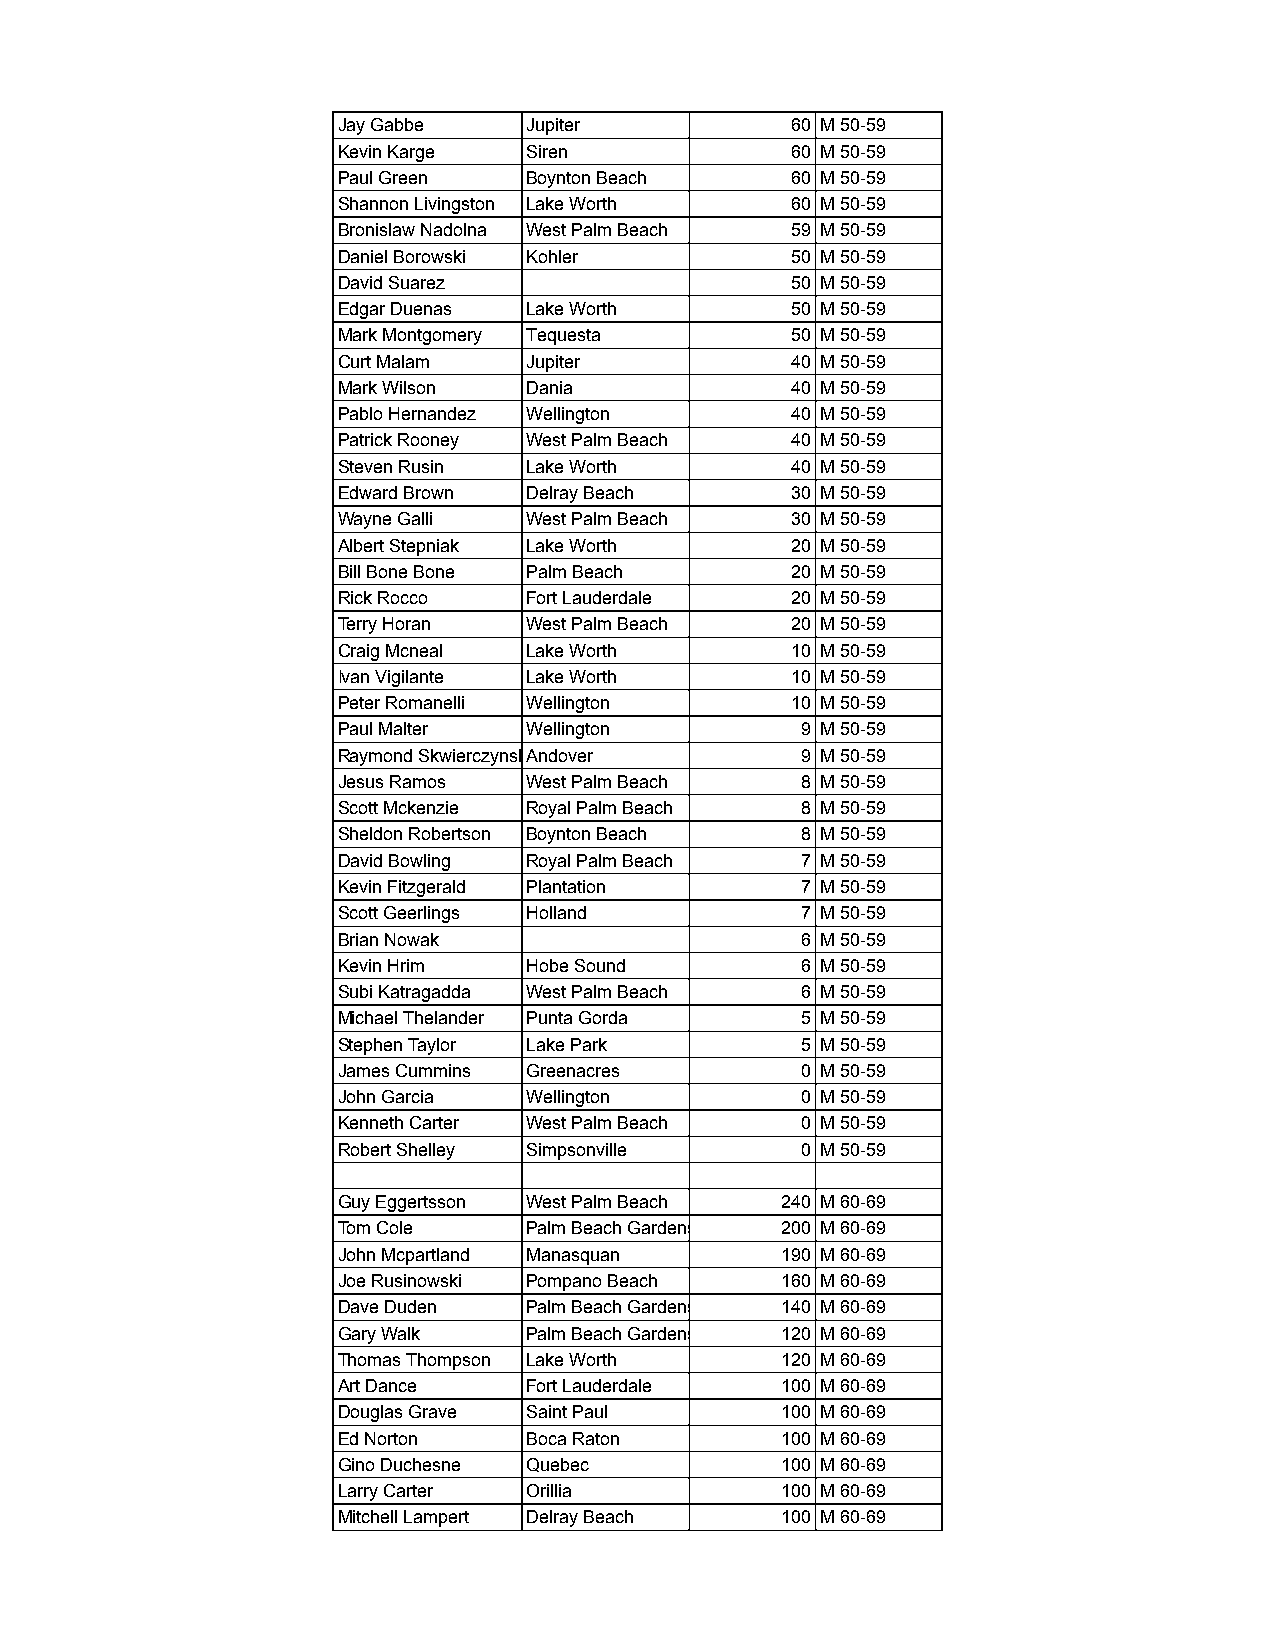
Jay Gabbe    Jupiter          60 M 50-59
 Kevin Karge  Siren            60 M 50-59
 Paul Green   Boynton Beach    60 M 50-59
 Shannon Livingston Lake Worth 60 M 50-59
 Bronislaw Nadolna West Palm Beach 59 M 50-59
 Daniel Borowski Kohler        50 M 50-59
 David Suarez                  50 M 50-59
 Edgar Duenas Lake Worth       50 M 50-59
 Mark Montgomery Tequesta      50 M 50-59
 Curt Malam   Jupiter          40 M 50-59
 Mark Wilson  Dania            40 M 50-59
 Pablo Hernandez Wellington    40 M 50-59
 Patrick Rooney West Palm Beach 40 M 50-59
 Steven Rusin Lake Worth       40 M 50-59
 Edward Brown Delray Beach     30 M 50-59
 Wayne Galli  West Palm Beach  30 M 50-59
 Albert Stepniak Lake Worth    20 M 50-59
 Bill Bone Bone Palm Beach     20 M 50-59
 Rick Rocco   Fort Lauderdale  20 M 50-59
 Terry Horan  West Palm Beach  20 M 50-59
 Craig Mcneal Lake Worth       10 M 50-59
 Ivan Vigilante Lake Worth     10 M 50-59
 Peter Romanelli Wellington    10 M 50-59
 Paul Malter  Wellington        9 M 50-59
 Raymond SkwierczynskAi ndover  9 M 50-59
 Jesus Ramos  West Palm Beach   8 M 50-59
 Scott Mckenzie Royal Palm Beach 8 M 50-59
 Sheldon Robertson Boynton Beach 8 M 50-59
 David Bowling Royal Palm Beach 7 M 50-59
 Kevin Fitzgerald Plantation    7 M 50-59
 Scott Geerlings Holland        7 M 50-59
 Brian Nowak                    6 M 50-59
 Kevin Hrim   Hobe Sound        6 M 50-59
 Subi Katragadda West Palm Beach 6 M 50-59
 Michael Thelander Punta Gorda  5 M 50-59
 Stephen Taylor Lake Park       5 M 50-59
 James Cummins Greenacres       0 M 50-59
 John Garcia  Wellington        0 M 50-59
 Kenneth Carter West Palm Beach 0 M 50-59
 Robert Shelley Simpsonville    0 M 50-59
 Guy Eggertsson West Palm Beach 240 M 60-69
 Tom Cole     Palm Beach Gardens 200 M 60-69
 John Mcpartland Manasquan     190 M 60-69
 Joe Rusinowski Pompano Beach  160 M 60-69
 Dave Duden   Palm Beach Gardens 140 M 60-69
 Gary Walk    Palm Beach Gardens 120 M 60-69
 Thomas Thompson Lake Worth    120 M 60-69
 Art Dance    Fort Lauderdale  100 M 60-69
 Douglas Grave Saint Paul      100 M 60-69
 Ed Norton    Boca Raton       100 M 60-69
 Gino Duchesne Quebec          100 M 60-69
 Larry Carter Orillia          100 M 60-69
 Mitchell Lampert Delray Beach 100 M 60-69